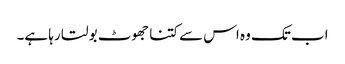
اب تک وہ اس سے کتنا جھوٹ بولتا رہا ہے۔